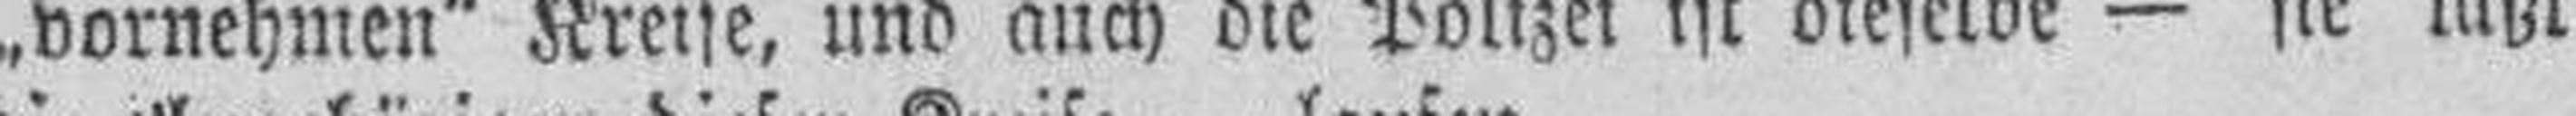
„vornehmen“ Kreise, und auch die Polizei ist dieselbe — sie läßt